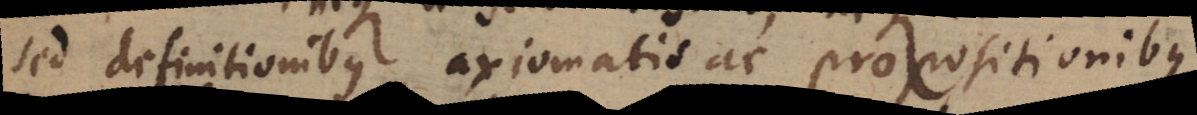
sed definitionibus axiomatis ac propositionibus